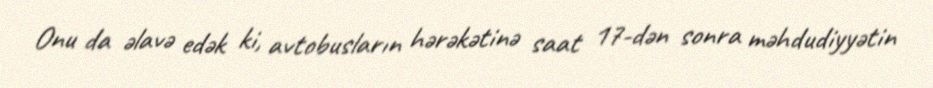
Onu da əlavə edək ki, avtobusların hərəkətinə saat 17-dən sonra məhdudiyyətin